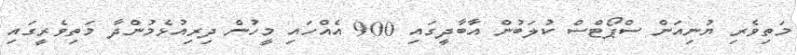
މަތިވެރި ޔުނިއަން ސްޕޯޓްސް ކުލަބުން އާބާދީގައި 900 އެއްހައި މީހުން ދިރިއުޅެމުންދާ މަތިވެރީގައި